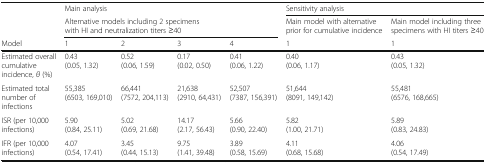
<table><thead><tr><td></td><td><b>Main analysis</b></td><td></td><td></td><td></td><td colspan="2"><b>Sensitivity analysis</b></td></tr><tr><td></td><td colspan="4"><b>Alternative models including 2 specimens with HI and neutralization titers ≥40</b></td><td><b>Main model with alternative prior for cumulative incidence</b></td><td><b>Main model including three specimens with HI titers ≥40</b></td></tr><tr><td><b>Model</b></td><td><b>1</b></td><td><b>2</b></td><td><b>3</b></td><td><b>4</b></td><td><b>1</b></td><td><b>1</b></td></tr></thead><tbody><tr><td>Estimated overall cumulative incidence, <i>θ</i> (%)</td><td>0.43(0.05, 1.32)</td><td>0.52(0.06, 1.59)</td><td>0.17(0.02, 0.50)</td><td>0.41(0.06, 1.22)</td><td>0.40(0.06, 1.17)</td><td>0.43(0.05, 1.32)</td></tr><tr><td>Estimated total number of infections</td><td>55,385(6503, 169,010)</td><td>66,441(7572, 204,113)</td><td>21,638(2910, 64,431)</td><td>52,507(7387, 156,391)</td><td>51,644(8091, 149,142)</td><td>55,481(6576, 168,665)</td></tr><tr><td>ISR (per 10,000 infections)</td><td>5.90(0.84, 25.11)</td><td>5.02(0.69, 21.68)</td><td>14.17(2.17, 56.43)</td><td>5.66(0.90, 22.40)</td><td>5.82(1.00, 21.71)</td><td>5.89(0.83, 24.83)</td></tr><tr><td>IFR (per 10,000 infections)</td><td>4.07(0.54, 17.41)</td><td>3.45(0.44, 15.13)</td><td>9.75(1.41, 39.48)</td><td>3.89(0.58, 15.69)</td><td>4.11(0.68, 15.68)</td><td>4.06(0.54, 17.49)</td></tr></tbody></table>